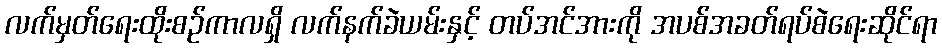
လက်မှတ်ရေးထိုးစဉ်ကာလရှိ လက်နက်ခဲယမ်းနှင့် တပ်အင်အားကို အပစ်အခတ်ရပ်စဲရေးဆိုင်ရာ